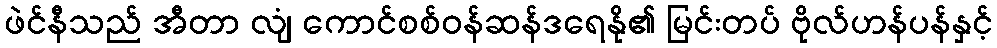
ဖဲင်နီသည် အီတာ လျံ ကောင်စစ်ဝန်ဆန်ဒရေနို၏ မြင်းတပ် ဗိုလ်ဟန်ပန်နှင့်